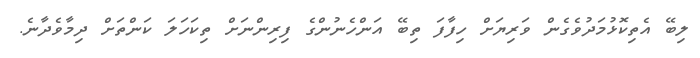
ލިބޭ އެތިކޮޅުމަދުވެގެން ވަރިޔަށް ހިފާފަ ތިބޭ އަންހެނުންގެ ފިރިންނަށް ތިކަހަލަ ކަންތަށް ދިމާވެދާނެ.